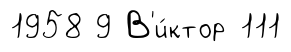
1958 9 В'и́ктор 111